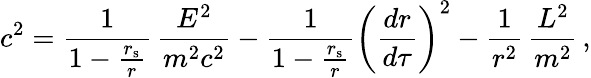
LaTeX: c^{2}={\frac{1}{1-{\frac{r_{\mathrm{{s}}}}{r}}}}\, {\frac{E^{2}}{m^{2}c^{2}}}-{\frac{1}{1-{\frac{r_{\mathrm{{s}}}}{r}}}}\left({\frac{dr}{d\tau}}\right)^{2}-{\frac{1}{r^{2}}}\, {\frac{L^{2}}{m^{2}}}\, ,